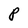
Character: P